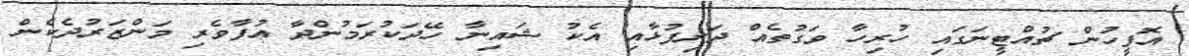
އޮފީހުން ޗުއްޓީނަގައި ހުރިހާ ވަގުތެއް ދަރިފުޅާއި އެކު ޝައިނާ ހޭދަކުރަމުންދާ އުފާވެރި މަންޒަރުދެކެން